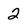
Character: 2